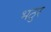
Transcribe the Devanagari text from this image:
भठुर